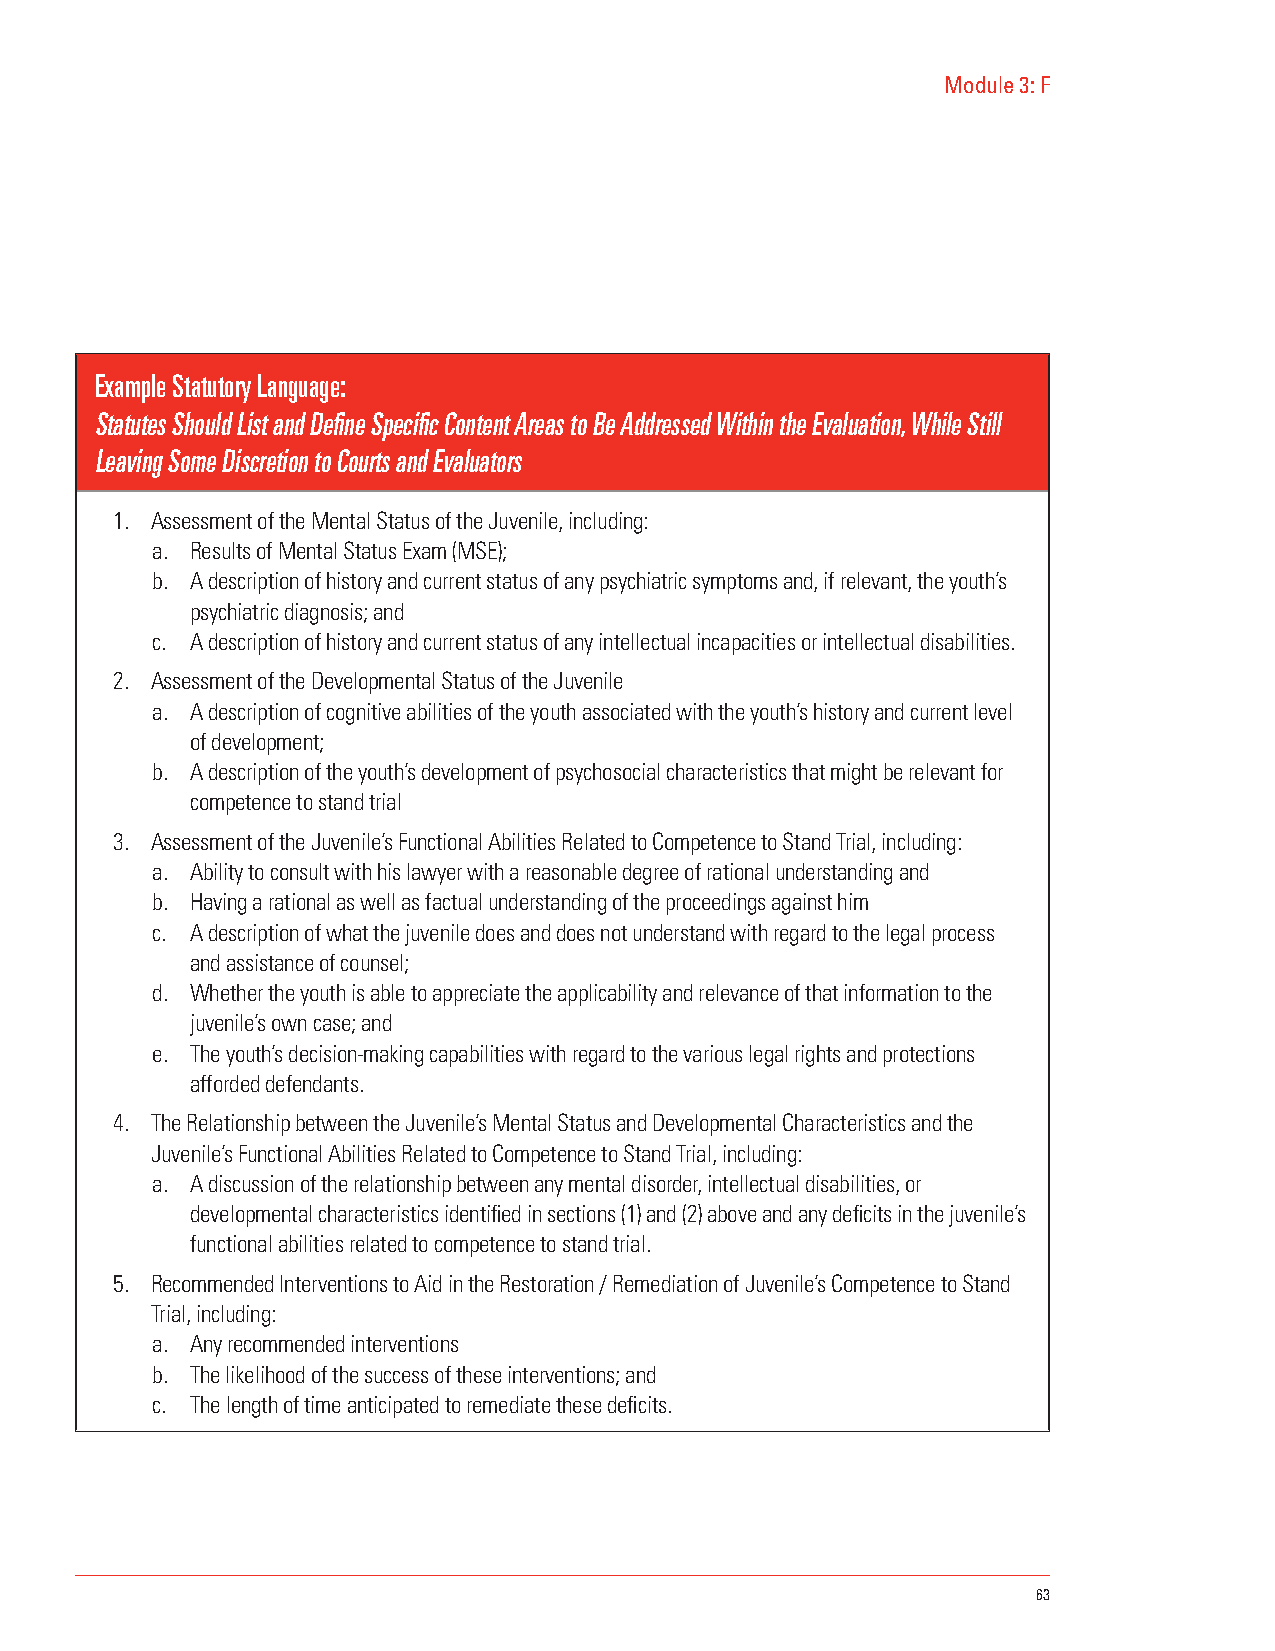
Module 3: F
 Example Statutory Language:
 Statutes Should List and Define Specific Content Areas to Be Addressed Within the Evaluation, While Still
 Leaving Some Discretion to Courts and Evaluators
 1. Assessment of the Mental Status of the Juvenile, including:
 a. Results of Mental Status Exam (MSE);
 b. A description of history and current status of any psychiatric symptoms and, if relevant, the youth’s
 psychiatric diagnosis; and
 c. A description of history and current status of any intellectual incapacities or intellectual disabilities.
 2. Assessment of the Developmental Status of the Juvenile
 a. A description of cognitive abilities of the youth associated with the youth’s history and current level
 of development;
 b. A description of the youth’s development of psychosocial characteristics that might be relevant for
 competence to stand trial
 3. Assessment of the Juvenile’s Functional Abilities Related to Competence to Stand Trial, including:
 a. Ability to consult with his lawyer with a reasonable degree of rational understanding and
 b. Having a rational as well as factual understanding of the proceedings against him
 c. A description of what the juvenile does and does not understand with regard to the legal process
 and assistance of counsel;
 d. Whether the youth is able to appreciate the applicability and relevance of that information to the
 juvenile’s own case; and
 e. The youth’s decision-making capabilities with regard to the various legal rights and protections
 afforded defendants.
 4. The Relationship between the Juvenile’s Mental Status and Developmental Characteristics and the
 Juvenile’s Functional Abilities Related to Competence to Stand Trial, including:
 a. A discussion of the relationship between any mental disorder, intellectual disabilities, or
 developmental characteristics identified in sections (1) and (2) above and any deficits in the juvenile’s
 functional abilities related to competence to stand trial.
 5. Recommended Interventions to Aid in the Restoration / Remediation of Juvenile’s Competence to Stand
 Trial, including:
 a. Any recommended interventions
 b. The likelihood of the success of these interventions; and
 c. The length of time anticipated to remediate these deficits.
 63